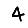
Digit: 4